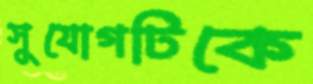
সুযোগটিকে